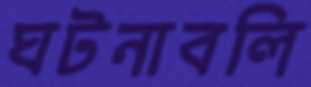
ঘটনাবলি